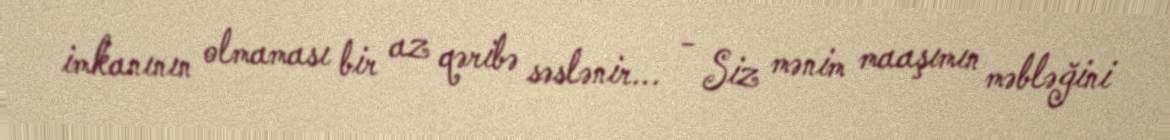
imkanının olmaması bir az qəribə səslənir... - Siz mənim maaşımın məbləğini